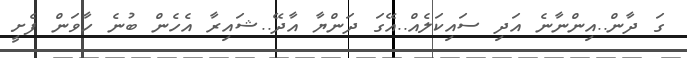
ގަ ދާން..އިންނާނެ އަދި ސައިކަލެއް..އޭގަ ދަންޔާ އާދޭ..ޝައިރާ އެހެން ބުނެ ހާވަން ފެށީ